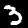
Label: 3